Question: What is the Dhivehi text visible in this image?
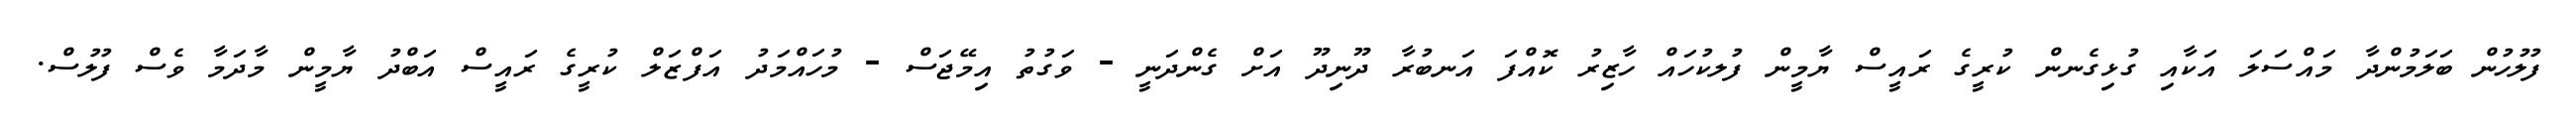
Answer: ފުލުހުން ބަލަމުންދާ މައްސަލަ އަކާއި ގުޅިގެނން ކުރީގެ ރައީސް ޔާމީން ފުލކުހައް ހާޒިރު ކޮއްފަ އަނބުރާ ދޫނިދޫ އަށް ގެންދަނީ - ވަގުތު އިމޭޖަސް - މުހައްމަދު އަފްޒަލް ކުރީގެ ރައީސް އަބްދު ޔާމީން މާދަމާ ވެސް ފުލުސް.